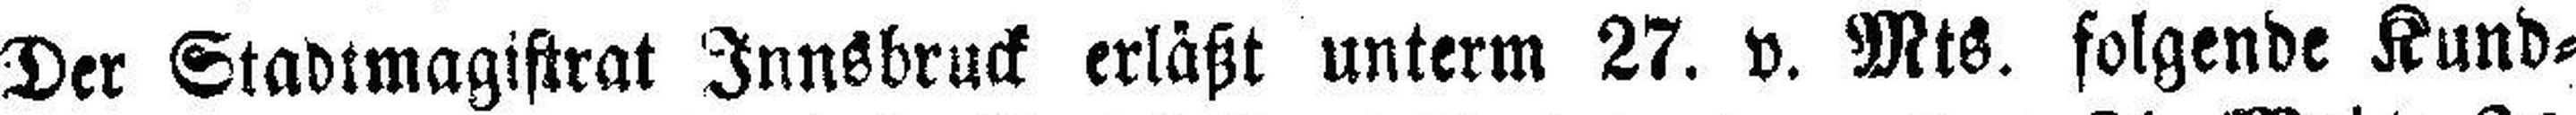
Der Stadtmagistrat Innsbruck erläßt unterm 27. v. Mts. folgende Kund¬